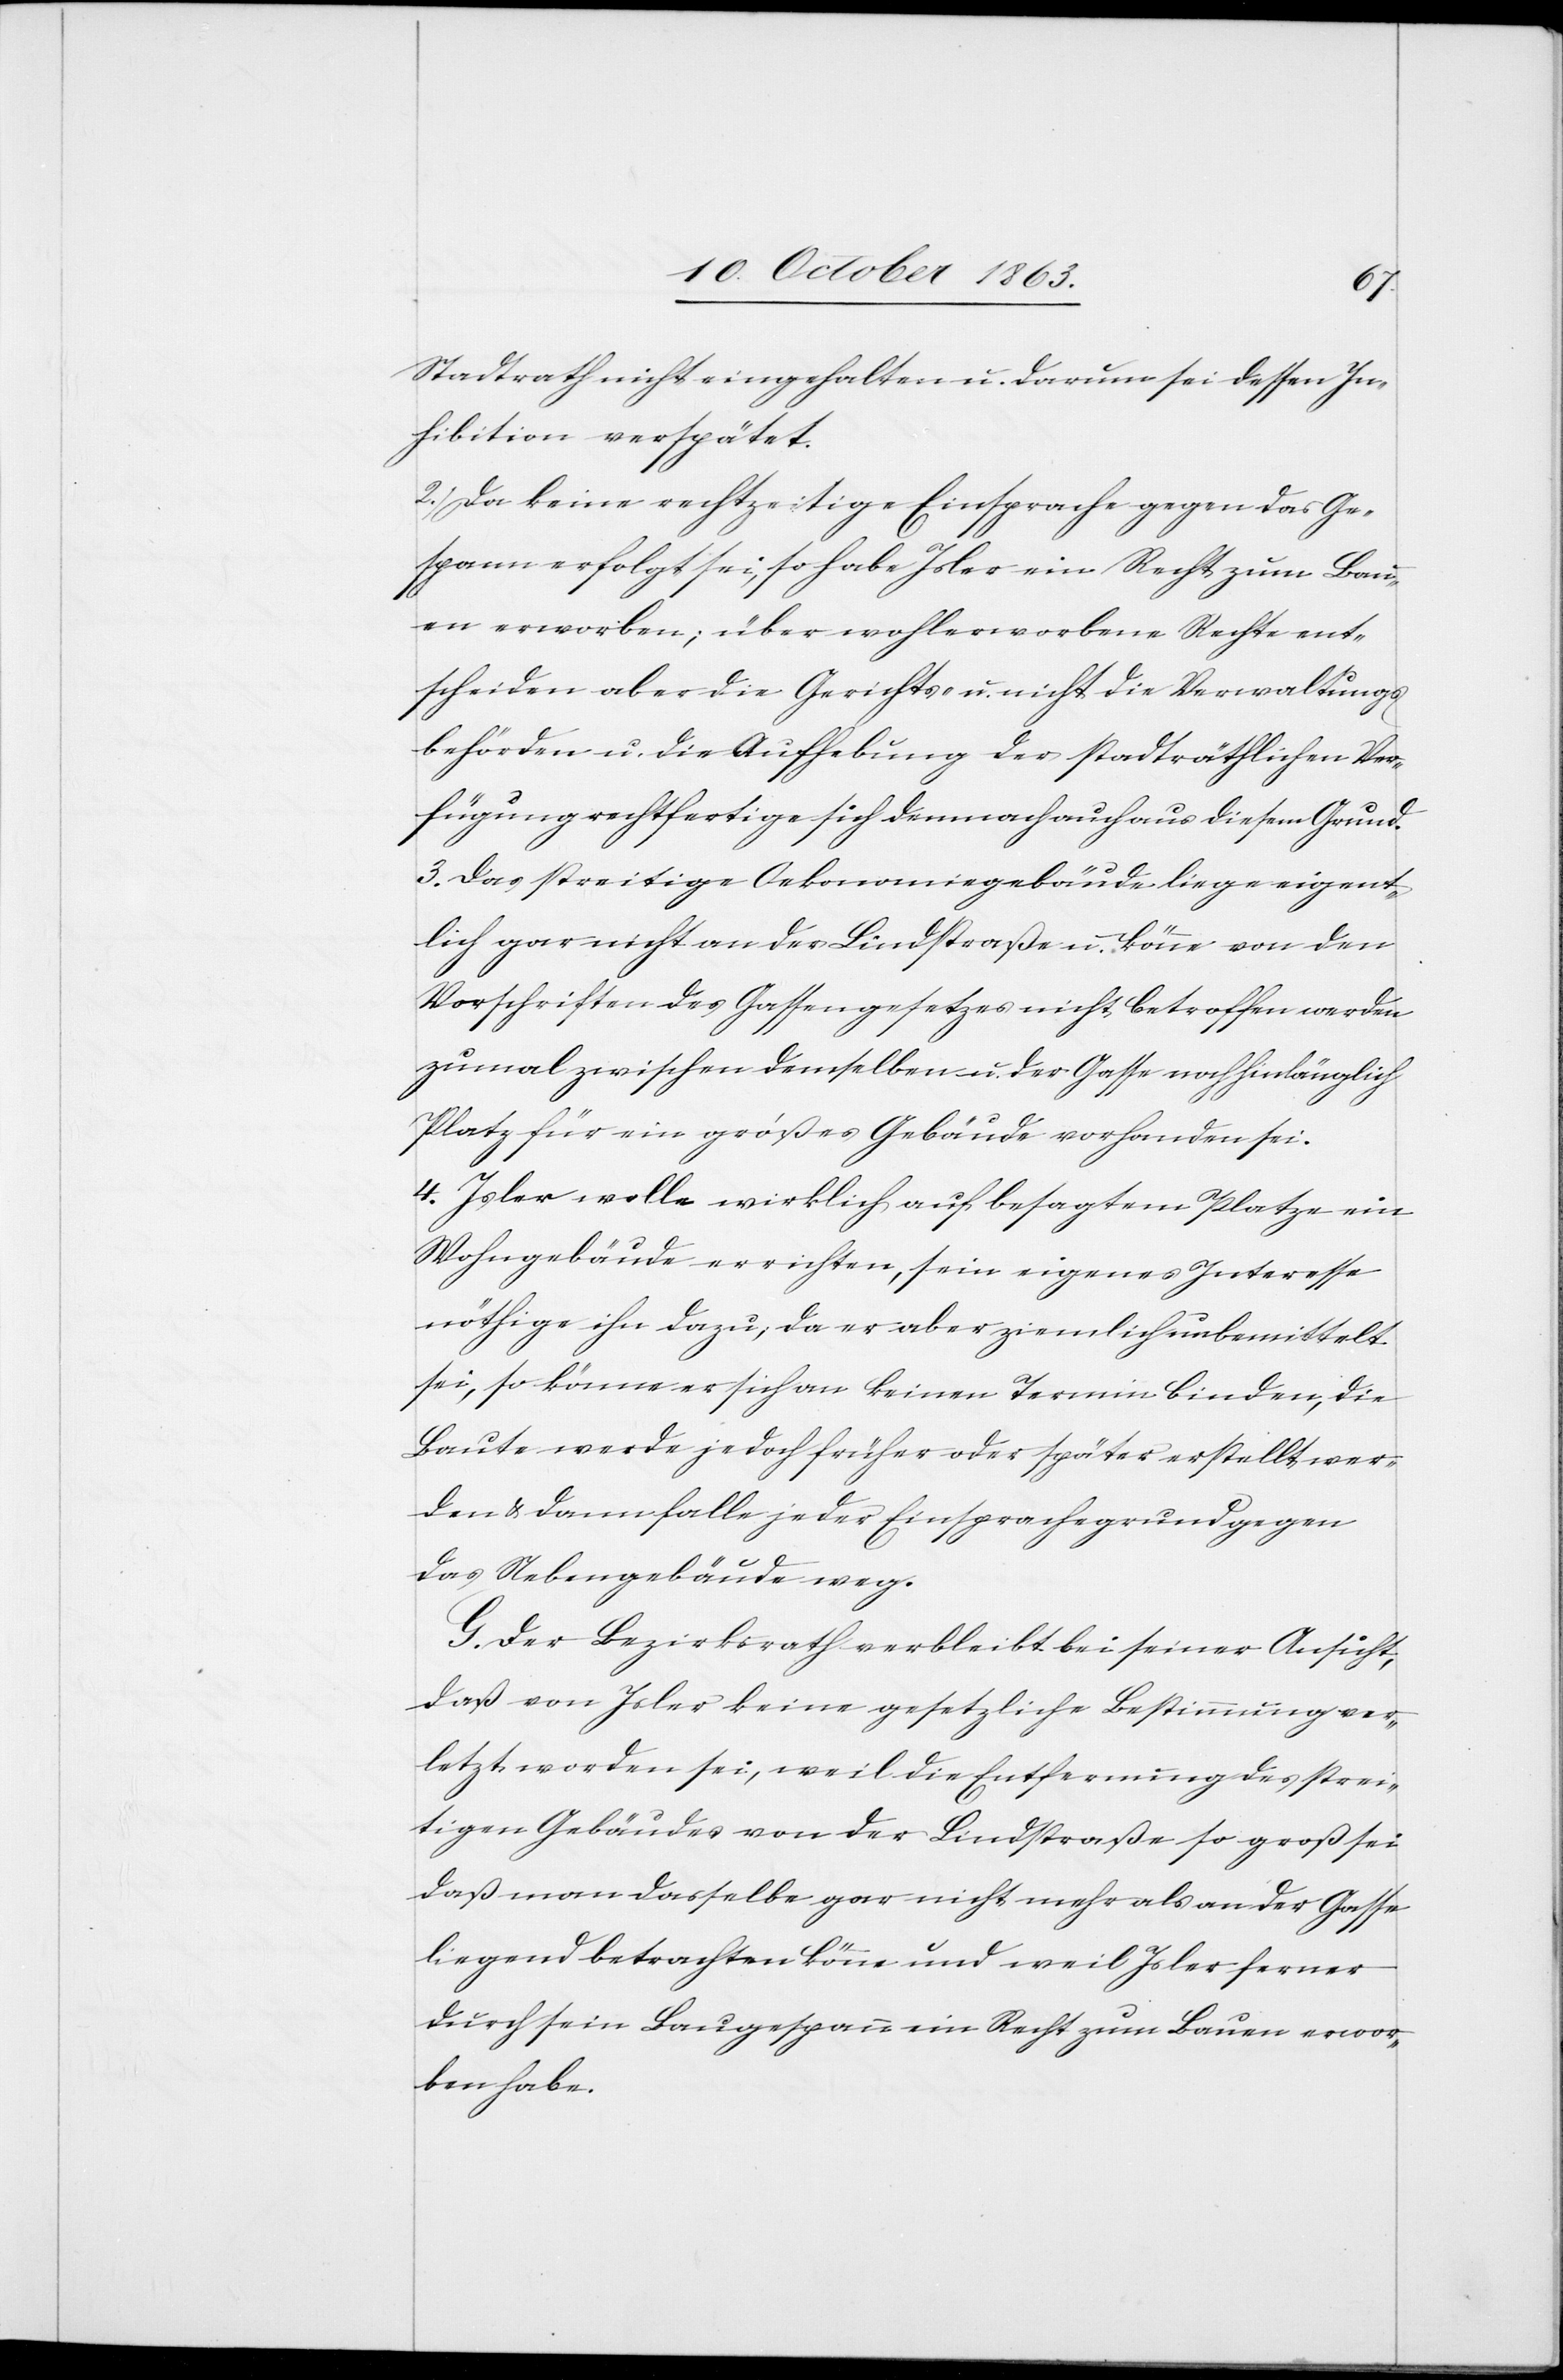
Stadtrath nicht eingehalten u. darum sei dessen In¬
hibition verspätet.
2.) Da keine rechtzeitige Einsprache gegen das Ge¬
spann erfolgt sei, so habe Isler ein Recht zum Bau¬
en erworben; über wohlerworbene Rechte ent¬
scheiden aber die Gerichts- u. nicht die Verwaltungs¬
behörden u. die Aufhebung der stadträthlichen Ver¬
fügung rechtfertige sich demnach auch aus diesem Grund.
3.) Das streitige Oekonomiegebäude liege eigent¬
lich gar nicht an der Lindstraße u. könne von den
Vorschriften des Gassengesetzes nicht betroffen werden
zumal zwischen demselben u. der Gasse noch hinlänglich
Platz für ein großes Gebäude vorhanden sei.
4.) Isler wolle wirklich auf besagtem Platze ein
Wohngebäude errichten, sein eigenes Interesse
nöthige ihn dazu; da er aber ziemlich unbemittelt
sei, so könne er sich an keinen Termin binden, die
Baute werde jedoch früher oder später erstellt wer¬
den & dann falle jeder Einsprachegrund gegen
das Nebengebäude weg.
G. Der Bezirksrath verbleibt bei seiner Ansicht,
daß von Isler keine gesetzliche Bestimmung ver¬
letzt worden sei, weil die Entfernung des strei¬
tigen Gebäudes von der Lindstraße so groß sei
daß man dasselbe gar nicht mehr als an der Gasse
liegend betrachten könne und weil Isler ferner
durch sein Baugespann ein Recht zum Bauen erwor¬
ben habe.